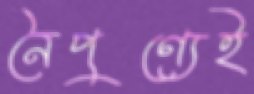
নৈপুণ্যেই